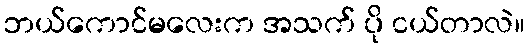
ဘယ်ကောင်မလေးက အသက် ပို ငယ်တာလဲ။